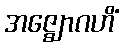
အဇ္ဈောဂဟိံ